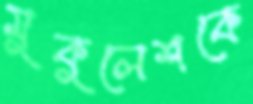
মুকুলেশকে